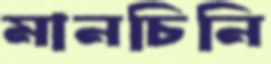
মানচিনি